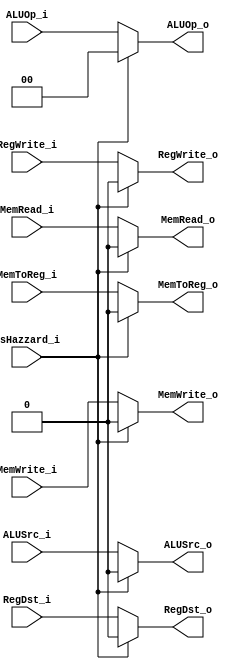
module MUX8 (
	input IsHazzard_i,
	
	input RegDst_i, // EX
	input [1:0] ALUOp_i, // EX
	input ALUSrc_i, // EX
	input RegWrite_i, // WB
	input MemToReg_i, // WB
	input MemRead_i, // M
	input MemWrite_i, // M

	output RegDst_o,
	output [1:0] ALUOp_o,
	output ALUSrc_o,
	output RegWrite_o,
	output MemToReg_o,
	output MemRead_o,
	output MemWrite_o
);

assign RegDst_o   = (IsHazzard_i)? 1'b0 : RegDst_i;
assign ALUOp_o    = (IsHazzard_i)? 2'b00 : ALUOp_i;
assign ALUSrc_o   = (IsHazzard_i)? 1'b0 : ALUSrc_i;
assign RegWrite_o = (IsHazzard_i)? 1'b0 : RegWrite_i;
assign MemToReg_o = (IsHazzard_i)? 1'b0 : MemToReg_i;
assign MemRead_o  = (IsHazzard_i)? 1'b0 : MemRead_i;
assign MemWrite_o = (IsHazzard_i)? 1'b0 : MemWrite_i;

endmodule